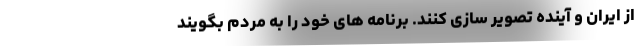
از ایران و آینده تصویر سازی کنند. برنامه های خود را به مردم بگویند